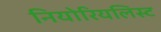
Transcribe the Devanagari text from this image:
नियोरियलिस्ट